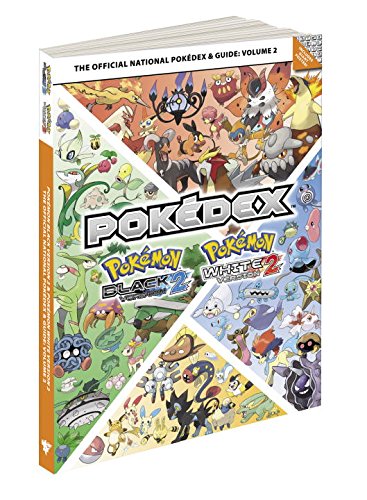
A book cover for Pokemon Black Version 2 & Pokemon White Version 2 The Official National Pokedex & Guide Volume 2: The Official Pokemon Strategy Guide (Prima Official Game Guides: PokÃ©mon); Pokemon Company International; Computers & Technology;